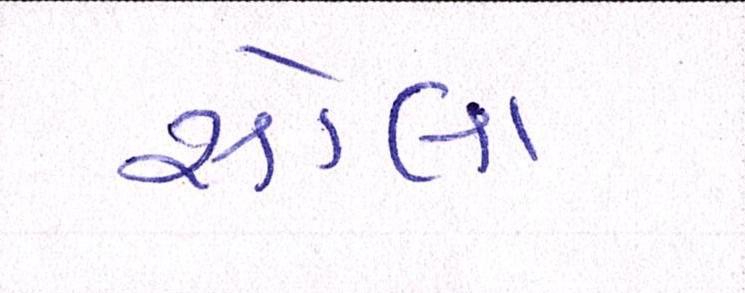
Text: સોલા